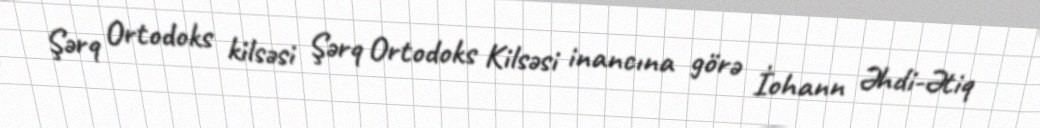
Şərq Ortodoks kilsəsi Şərq Ortodoks Kilsəsi inancına görə İohann Əhdi-Ətiq